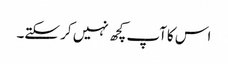
اس کاآپ کچھ نہیں کر سکتے۔